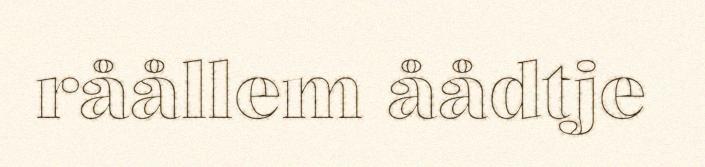
råållem åådtje